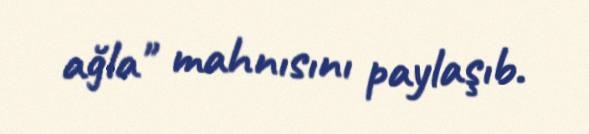
ağla" mahnısını paylaşıb.